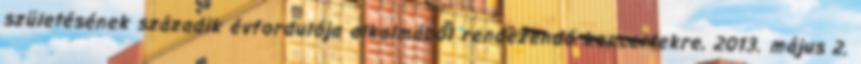
születésének századik évfordulója alkalmából rendezendő koncertekre, 2013. május 2.